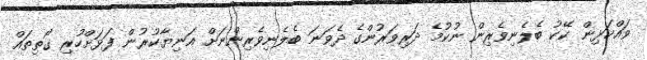
ވައްކަޅިން ކޭކު ބެލެނިވެރިން ނުކުމެ ދަރިވަރުންގެ ދެވަނަ ބެލެނިވެރިންނަށް އަނިޔާކުރުން ފަޅަށްހުރި ގޯތިތައް